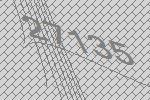
27135